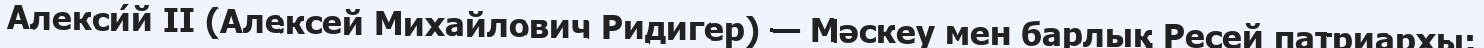
Алекси́й II (Алексей Михайлович Ридигер) — Мәскеу мен барлық Ресей патриархы;